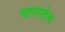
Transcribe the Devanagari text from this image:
चालतेच